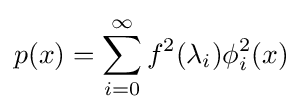
p(x)=\sum _{i=0}^{\infty }f^{2}(\lambda _{i})\phi _{i}^{2}(x)